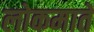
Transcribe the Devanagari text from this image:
लोकमाते